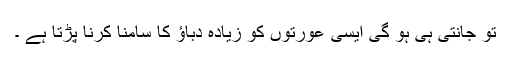
تو جانتی ہی ہو گی ایسی عورتوں کو زیادہ دباﺅ کا سامنا کرنا پڑتا ہے ۔